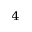
^ 4